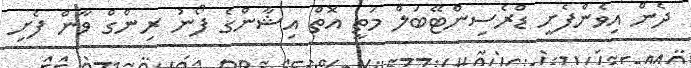
ދެން އިވެންފެށީ ޑްރެސިންޓޭބަލް މަތީ އޮތް އިޝާންގެ ފޯނު ރިންގް ވާން ފެށި